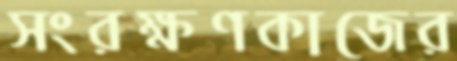
সংরক্ষণকাজের